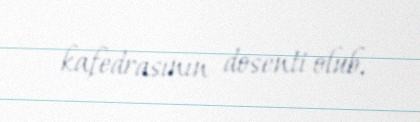
kafedrasının dosenti olub.